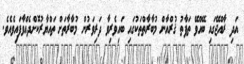
އަދި ރާއްޖޭގައި ބޭއްވޭ ތަފާތު ޤުރްއާން މުބާރާތްތަކުގައި ބައިވެރިވާ ދަރިވަރުން މުބާރާތަށް ތައްޔާރުކޮށްދެއްވާފައިވެއެވެ.